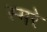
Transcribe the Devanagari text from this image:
स्मरे